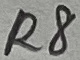
Text: R8